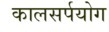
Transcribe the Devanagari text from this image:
कालसर्पयोग